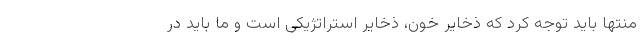
منتها باید توجه کرد که ذخایر خون، ذخایر استراتژیکی است و ما باید در